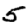
Digit: 5